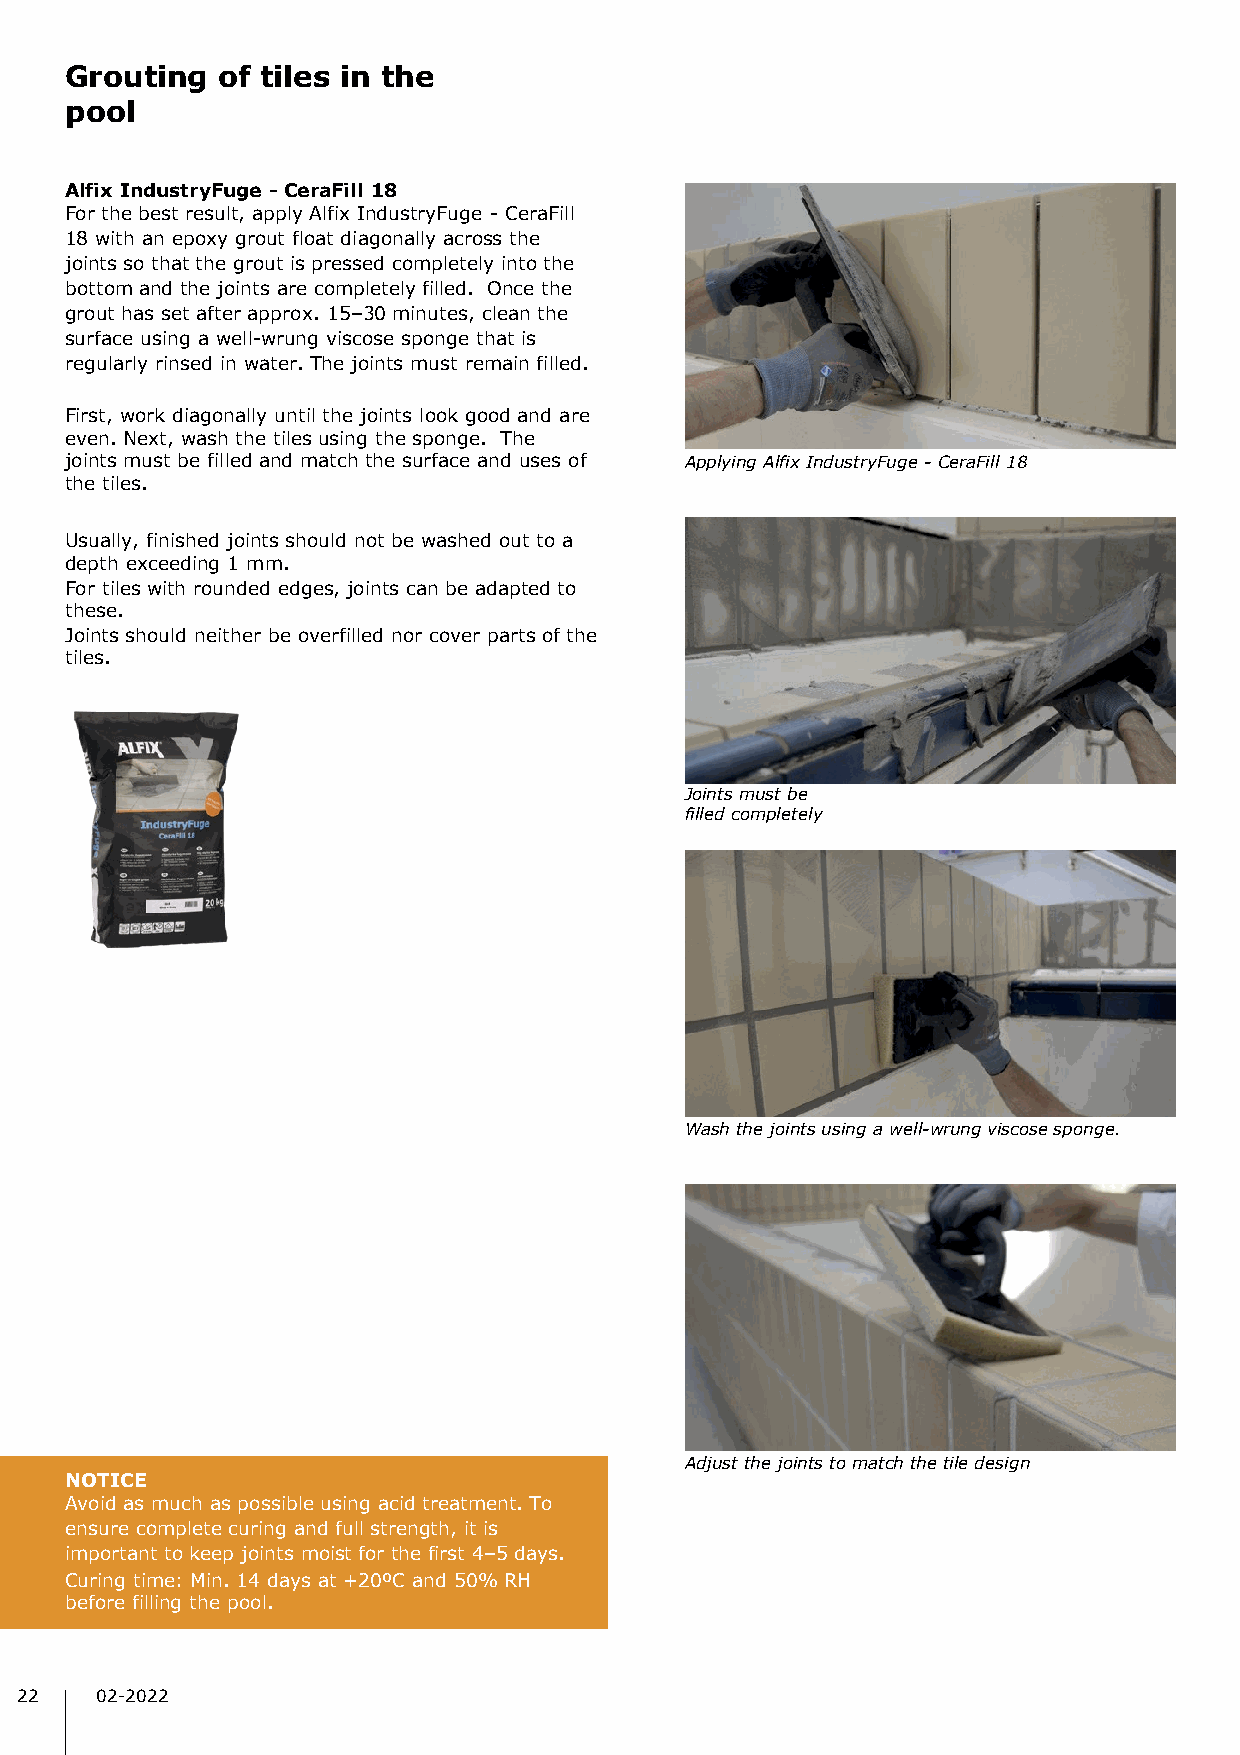
Grouting  of tiles in the
 pool
 Alfix IndustryFuge - CeraFill 18
 For the best result, apply Alfix IndustryFuge - CeraFill
 18 with an epoxy grout float diagonally across the
 joints so that the grout is pressed completely into the
 bottom and the joints are completely filled. Once the
 grout has set after approx. 15–30 minutes, clean the
 surface using a well-wrung viscose sponge that is
 regularly rinsed in water. The joints must remain filled.
 First, work diagonally until the joints look good and are
 even. Next, wash the tiles using the sponge. The
 joints must be filled and match the surface and uses of Applying Alfix IndustryFuge -CeraFill 18
 the tiles.
 Usually, finished joints should not be washed out to a
 depth exceeding 1 mm.
 For tiles with rounded edges, joints can be adapted to
 these.
 Joints should neither be overfilled nor cover parts of the
 tiles.
 Joints must be
 filled completely
 Wash the joints using a well-wrung viscose sponge.
 Adjust the joints to match the tile design
 NOTICE
 Avoid as much as possible using acid treatment. To
 ensure complete curing and full strength, it is
 important to keep joints moist for the first 4–5 days.
 Curing time: Min. 14 days at +20ºC and 50% RH
 before filling the pool.
 22   02-2022